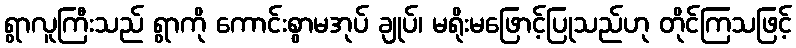
ရွာလူကြီးသည် ရွာကို ကောင်းစွာမအုပ် ချုပ်၊ မရိုးမဖြောင့်ပြုသည်ဟု တိုင်ကြသဖြင့်